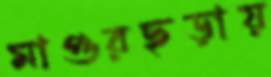
মাগুরছড়ায়